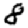
Digit: 8